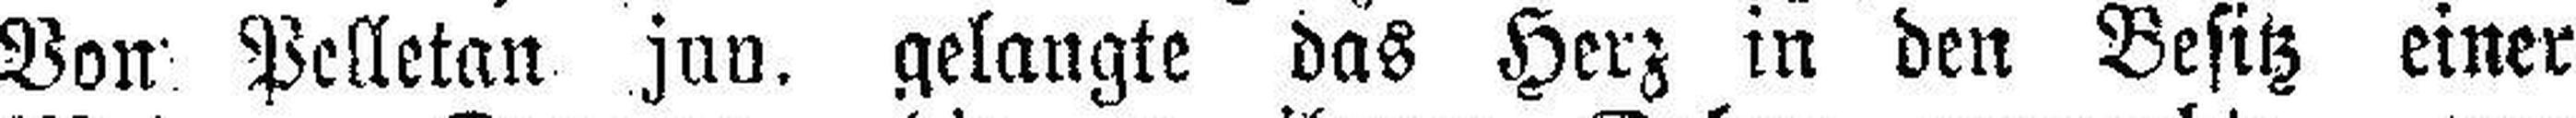
Von Pelletan jun. gelangte das Herz in den Besitz einer